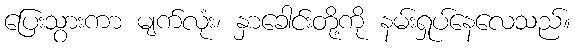
ပြေးသွားကာ မျက်လုံး၊ နှာခေါင်းတို့ကို နမ်းရှုပ်နေလေသည်။